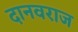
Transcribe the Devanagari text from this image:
दानवराज